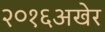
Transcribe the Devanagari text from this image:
२०१६अखेर